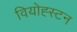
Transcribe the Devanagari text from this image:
वियोह्स्टन